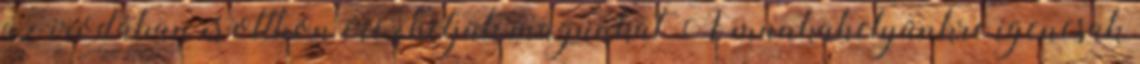
az irodában is otthon érezhetjük magunkat A munkahelyünkre igencsak